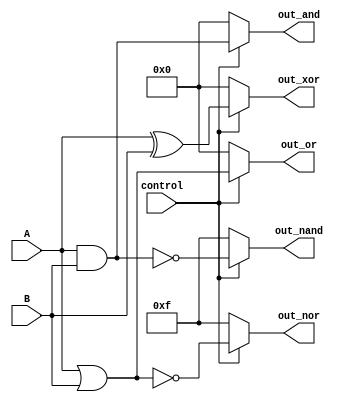
module AdjacencyGroup (
    input wire [3:0] A,          // 4-bit input vector
    input wire [3:0] B,          // 4-bit input vector
    input wire control,           // Control signal to enable the logic evaluation
    output wire [3:0] out_and,   // Output for AND operation
    output wire [3:0] out_or,    // Output for OR operation
    output wire [3:0] out_nand,  // Output for NAND operation
    output wire [3:0] out_nor,   // Output for NOR operation
    output wire [3:0] out_xor    // Output for XOR operation
);

// Intermediate signals for shared pathways
wire [3:0] and_result;
wire [3:0] or_result;
wire [3:0] nand_result;
wire [3:0] nor_result;
wire [3:0] xor_result;

// Control logic to manage the activation of the group
assign and_result = control ? (A & B) : 4'b0000; // AND operation
assign or_result  = control ? (A | B) : 4'b0000; // OR operation
assign nand_result = control ? ~(A & B) : 4'b1111; // NAND operation
assign nor_result  = control ? ~(A | B) : 4'b1111; // NOR operation
assign xor_result  = control ? (A ^ B) : 4'b0000; // XOR operation

// Assign outputs
assign out_and   = and_result;
assign out_or    = or_result;
assign out_nand  = nand_result;
assign out_nor   = nor_result;
assign out_xor   = xor_result;

endmodule